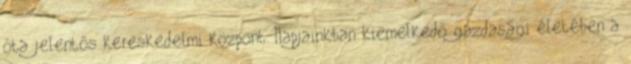
óta jelentős kereskedelmi központ. Napjainkban kiemelkedő gazdasági életében a